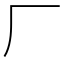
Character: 厂